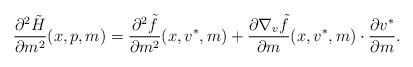
LaTeX: \begin{align*} \frac{\partial^2 \tilde H}{\partial m^2}(x,p,m)= \frac{\partial^2 \tilde f}{\partial m^2}(x,v^*,m) + \frac{\partial \nabla_v \tilde f }{\partial m}(x,v^*,m) \cdot \frac{\partial v^*}{\partial m}. \end{align*}